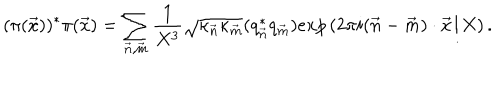
( \pi ( { \vec { x } } ) ) ^ { * } \pi ( { \vec { x } } ) = \sum _ { \vec { n } , \vec { m } } \frac { 1 } { X ^ { 3 } } { \sqrt { \kappa _ { \vec { n } } \kappa _ { \vec { m } } } } ( q _ { \vec { n } } ^ { * } q _ { \vec { m } } ) e x p \left( 2 \pi i ( { \vec { n } } - { \vec { m } } ) \cdot { \vec { x } } / X \right) .